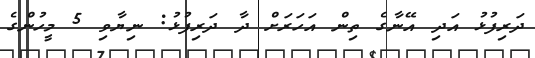
ދަރިފުޅު އަދި އޭނާގެ ތިން އަހަރަށް ދާ ދަރިފުޅު: ނިޔާވި 5 މީހުންގެ